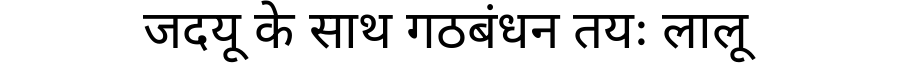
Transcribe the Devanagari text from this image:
जदयू के साथ गठबंधन तयः लालू